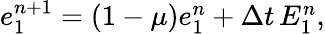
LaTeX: \begin{array}{r}{e_{1}^{n+1}=\left(1-\mu\right)e_{1}^{n}+\Delta t\, {E}_{1}^{n},}\end{array}